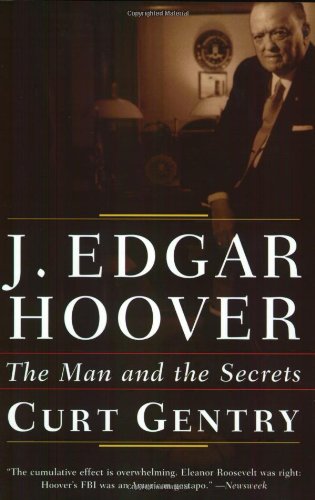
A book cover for J. Edgar Hoover: The Man and the Secrets; Curt Gentry; Biographies & Memoirs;